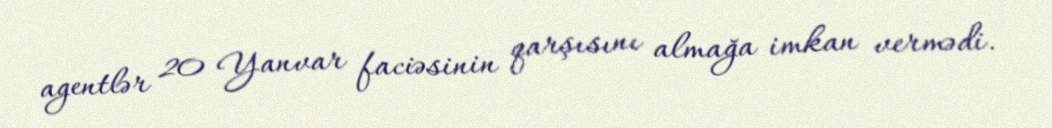
agentlər 20 Yanvar faciəsinin qarşısını almağa imkan vermədi.